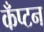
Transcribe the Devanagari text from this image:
कँप्टन